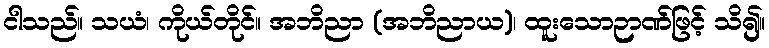
ငါသည်။ သယံ၊ ကိုယ်တိုင်။ အဘိညာ (အဘိညာယ)၊ ထူးသောဉာဏ်ဖြင့် သိ၍။